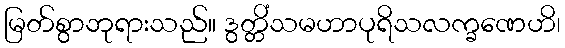
မြတ်စွာဘုရားသည်။ ဒွတ္တိံသမဟာပုရိသလက္ခဏေဟိ၊